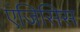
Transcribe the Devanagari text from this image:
एंजिसिस